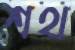
শথ